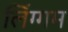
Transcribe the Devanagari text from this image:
लिंग्गम